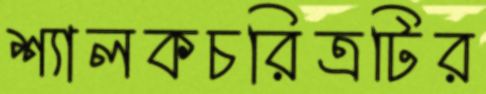
শ্যালকচরিত্রটির